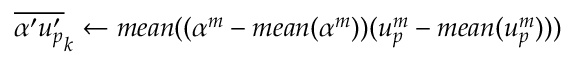
{ \overline { { { \alpha ^ { \prime } } { u _ { p } ^ { \prime } } } } } _ { k } \gets m e a n ( ( \alpha ^ { m } - m e a n ( \alpha ^ { m } ) ) ( u _ { p } ^ { m } - m e a n ( u _ { p } ^ { m } ) ) )